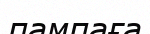
пампаға